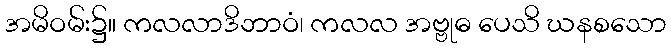
အမိဝမ်း၌။ ကလလာဒိဘာဝံ၊ ကလလ အဗ္ဗုဓ ပေသိ ဃနစသော